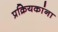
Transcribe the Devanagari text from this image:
प्रक्रियकांना